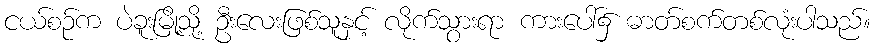
ငယ်စဉ်က ပဲခူးမြို့သို့ ဦးလေးဖြစ်သူနှင့် လိုက်သွားရာ ကားပေါ်၌ ဓာတ်စက်တစ်လုံးပါသည်။